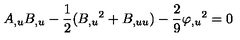
A _ { , u } B _ { , u } - \frac { 1 } { 2 } ( B _ { , u } { } ^ { 2 } + B _ { , u u } ) - \frac { 2 } { 9 } \varphi _ { , u } { } ^ { 2 } = 0